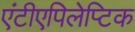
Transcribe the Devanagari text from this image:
एंटीएपिलेप्टिक